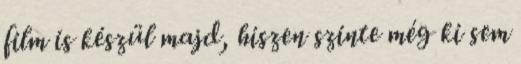
film is készül majd, hiszen szinte még ki sem